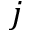
j